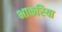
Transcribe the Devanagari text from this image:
भाकरिया